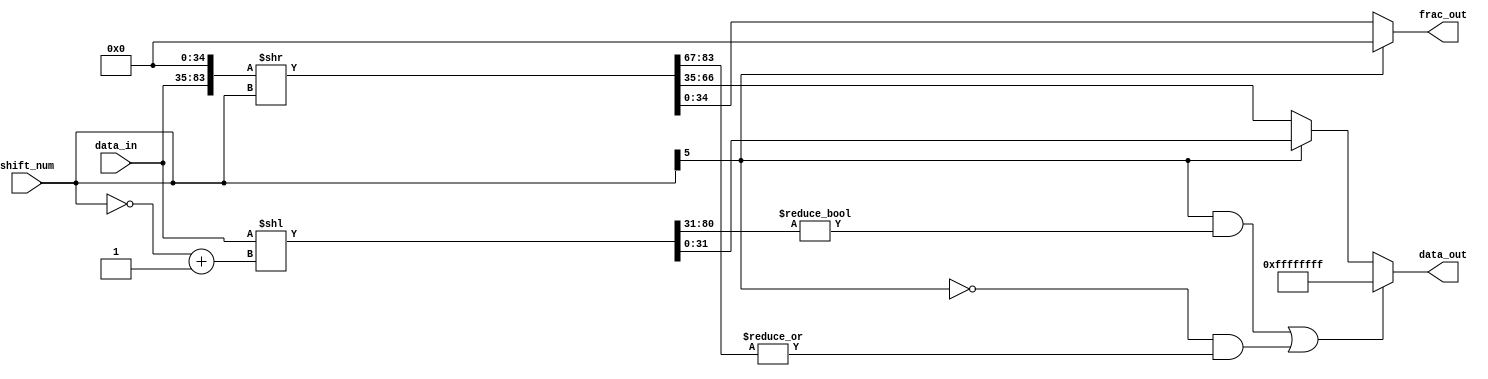
module NV_NVDLA_HLS_shiftrightusz (
   data_in
  ,shift_num
  ,data_out
  ,frac_out
  );
parameter IN_WIDTH = 49;
parameter OUT_WIDTH = 32;
parameter FRAC_WIDTH = 35; //suppose FRAC_WIDTH > IN_WIDTH > OUT_WIDTH
parameter SHIFT_WIDTH = 6;
parameter SHIFT_MAX = 1<<(SHIFT_WIDTH-1);
parameter HIGH_WIDTH = SHIFT_MAX+IN_WIDTH-OUT_WIDTH;
input [IN_WIDTH-1:0] data_in; //unsigned int
input [SHIFT_WIDTH-1:0] shift_num; //signed int
output [OUT_WIDTH-1:0] data_out;
output [FRAC_WIDTH-1:0] frac_out;
wire [SHIFT_WIDTH-1:0] shift_num_abs;
wire [OUT_WIDTH-1:0] data_shift_l;
wire [HIGH_WIDTH-1:0] data_high;
wire [IN_WIDTH-1:0] data_shift_r;
wire [FRAC_WIDTH-1:0] frac_shift;
wire [OUT_WIDTH-1:0] data_max;
wire left_shift_sat;
wire right_shift_sat;
wire shift_sign;
// synoff nets
// monitor nets
// debug nets
// tie high nets
// tie low nets
// no connect nets
// not all bits used nets
// todo nets
//shift left
assign shift_sign = shift_num[SHIFT_WIDTH-1];
assign shift_num_abs[SHIFT_WIDTH-1:0] = ~shift_num[SHIFT_WIDTH-1:0] + 1;
assign {data_high[((HIGH_WIDTH) - 1):0],data_shift_l[((OUT_WIDTH) - 1):0]} = {{SHIFT_MAX{1'b0}},data_in} << shift_num_abs[((SHIFT_WIDTH) - 1):0];
assign left_shift_sat = shift_sign & {data_high[((HIGH_WIDTH) - 1):0],data_shift_l[OUT_WIDTH-1]} != {(HIGH_WIDTH+1){1'b0}};
//shift right
assign {data_shift_r[((IN_WIDTH) - 1):0],frac_shift[((FRAC_WIDTH) - 1):0]} = {data_in[((IN_WIDTH) - 1):0],{(FRAC_WIDTH){1'b0}}} >> shift_num[((SHIFT_WIDTH) - 1):0];
assign right_shift_sat = !shift_sign & (|data_shift_r[IN_WIDTH-1:OUT_WIDTH]);
assign data_max = {(OUT_WIDTH){1'b1}};
//final out
assign data_out[((OUT_WIDTH) - 1):0] = (left_shift_sat | right_shift_sat) ? data_max : shift_sign ? data_shift_l[((OUT_WIDTH) - 1):0] : data_shift_r[((OUT_WIDTH) - 1):0];
assign frac_out[((FRAC_WIDTH) - 1):0] = shift_sign ? {FRAC_WIDTH{1'b0}} : frac_shift[((FRAC_WIDTH) - 1):0];
endmodule